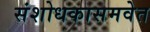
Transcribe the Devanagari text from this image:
संशोधकासमवेत